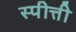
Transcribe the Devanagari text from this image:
स्पीत्ती